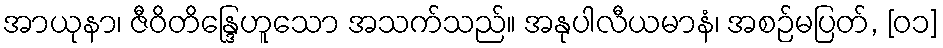
အာယုနာ၊ ဇီဝိတိန္ဒြေဟူသော အသက်သည်။ အနုပါလီယမာနံ၊ အစဉ်မပြတ်, [၀၁]